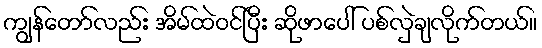
ကျွန်တော်လည်း အိမ်ထဲဝင်ပြီး ဆိုဖာပေါ် ပစ်လှဲချလိုက်တယ်။